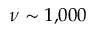
\nu \sim 1 , \! 0 0 0